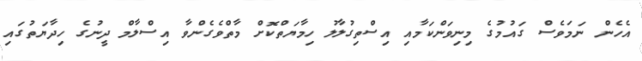
އެހެން ނަމަވެސް ގައުމުގެ މިނިވަންކަމާއި އިސްތިގުލާލު ހިމާޔަތްކޮށް މާތްވެގެންވާ އިސްލާމް ދީނުގެ ހިދާޔަތުގައި